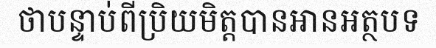
ថាបន្ទាប់ពីប្រិយមិត្តបានអានអត្ថបទ